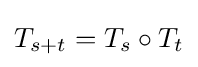
T_{s+t}=T_{s}\circ T_{t}